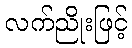
လက်ညိုးဖြင့်